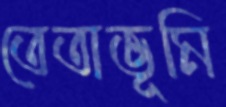
তেতাভূমি